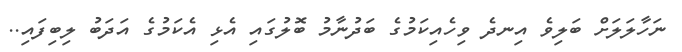
ނަހާލަލަށް ބަލިވެ އިނދެ ވިހެއިކަމުގެ ބަދުނާމު ބޮލުގައި އެޅި އެކަމުގެ އަދަބު ލިބިފައި..